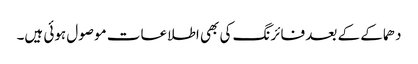
دھماکے کے بعد فائرنگ کی بھی اطلاعات موصول ہوئی ہیں۔